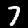
Label: 7